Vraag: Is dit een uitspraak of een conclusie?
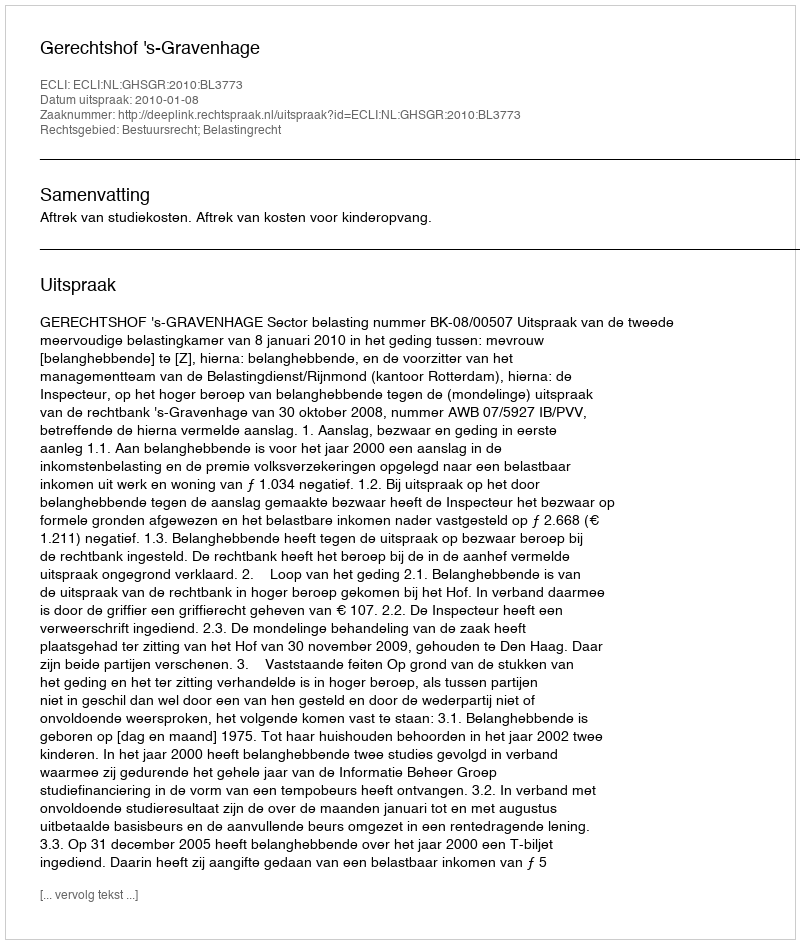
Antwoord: Uitspraak